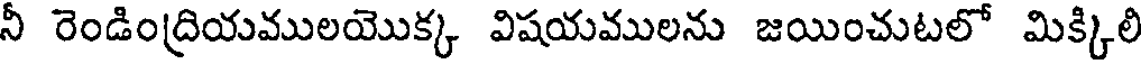
నీ రెండింద్రియములయొక్క విషయములను జయించుటలో మిక్కిలి